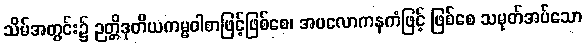
သိမ်အတွင်း၌ ဉတ္တိဒုတိယကမ္မဝါစာဖြင့်ဖြစ်စေ၊ အပလောကနကံဖြင့် ဖြစ်စေ သမုတ်အပ်သော